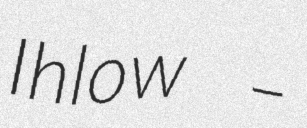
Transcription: Ihlow –